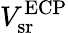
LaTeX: V_{\textrm{sr}}^{\textrm{ECP}}